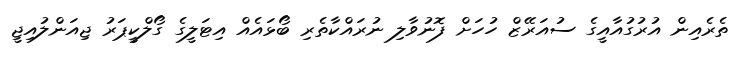
ތެރެއިން އުރުގުއާއީގެ ސުއަރޭޒް ހުހަށް ފޮނުވާލި ނުރައްކާތެރި ބޯޅައެއް އިޓަލީގެ ގޯލްކީޕަރު ޖިއަންލުއިޖީ